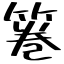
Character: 箞